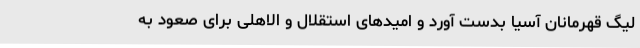
لیگ قهرمانان آسیا بدست آورد و امیدهای استقلال و الاهلی برای صعود به